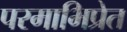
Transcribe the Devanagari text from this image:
परमाभिप्रेत